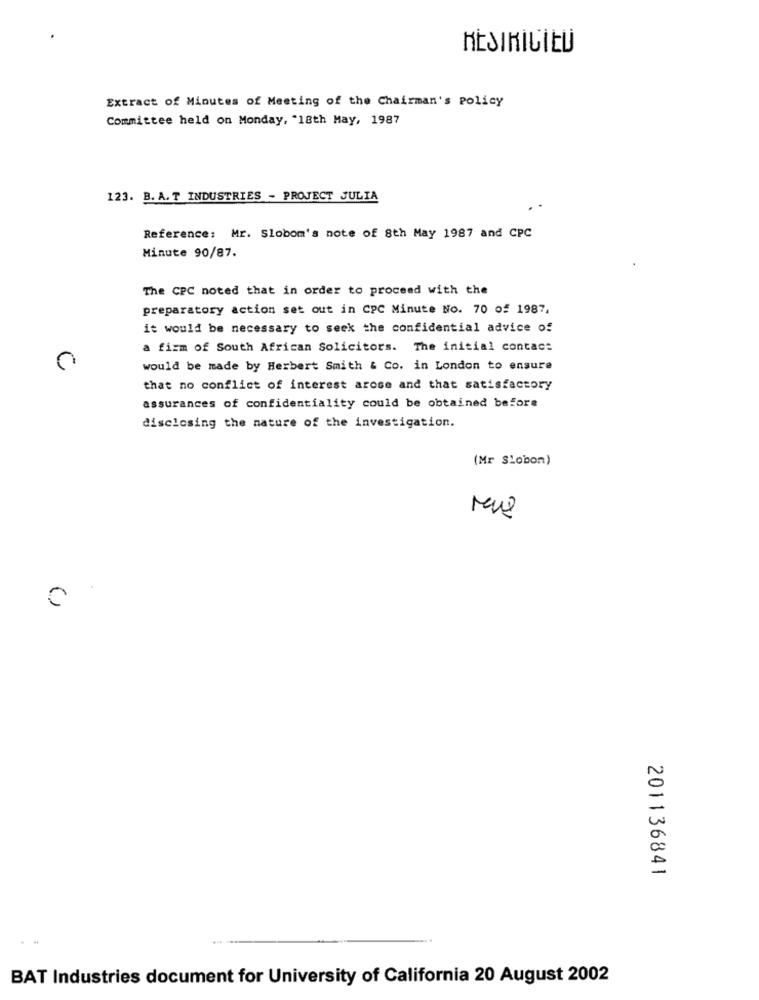
Extract of Minutes of Meeting of the Chairman's policy
Committee held on Monday, "18th May, 1987
123. B. A. T INDUSTRIES - PROJECT JULIA
Reference: Mr. Slobom's note of 8th May 1987 and CPC
Minute 90/87.
The CPC noted that in order to proceed with the
preparatory action set out in CPC Minute No. 70 of 1987,
it would be necessary to seek the confidential advice of
a fizm of South African Solicitors. The initial contact
would be made by Herbert Smith & Co. in London to ensure
that no conflict of interest arose and that satisfactory
assurances of confidentiality could be obtained before
disclosing the nature of the investigation.
(Mr Slobon)
()
201136841
BAT Industries document for University of California 20 August 2002